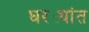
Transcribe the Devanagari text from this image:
घरट्यांत